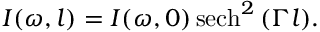
I ( \omega , l ) = I ( \omega , 0 ) \operatorname { s e c h } ^ { 2 } { ( \Gamma l ) } .